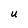
Character: U